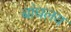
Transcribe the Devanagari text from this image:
बांधलय